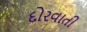
દોરવાતી